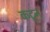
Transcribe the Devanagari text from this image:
कटून